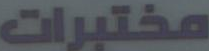
مختبرات